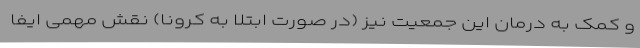
و کمک به درمان این جمعیت نیز (در صورت ابتلا به کرونا) نقش مهمی ایفا